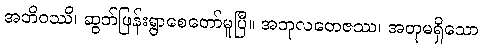
အဘိဝဿိ၊ ဆွတ်ဖြန်းရွာစေတော်မူပြီ။ အဘုလတေဇဿ၊ အတုမရှိသော